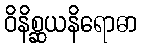
ဝိနိစ္ဆယနိရောဓာ